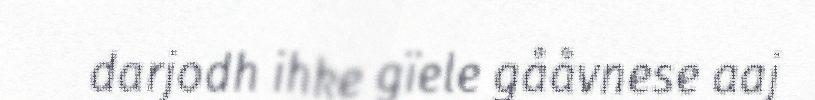
darjodh ihke gïele gååvnese aaj